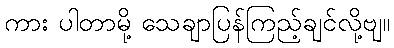
ကား ပါတာမို့ သေချာပြန်ကြည့်ချင်လို့ဗျ။